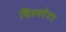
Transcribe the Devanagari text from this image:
विल्स्टेटर